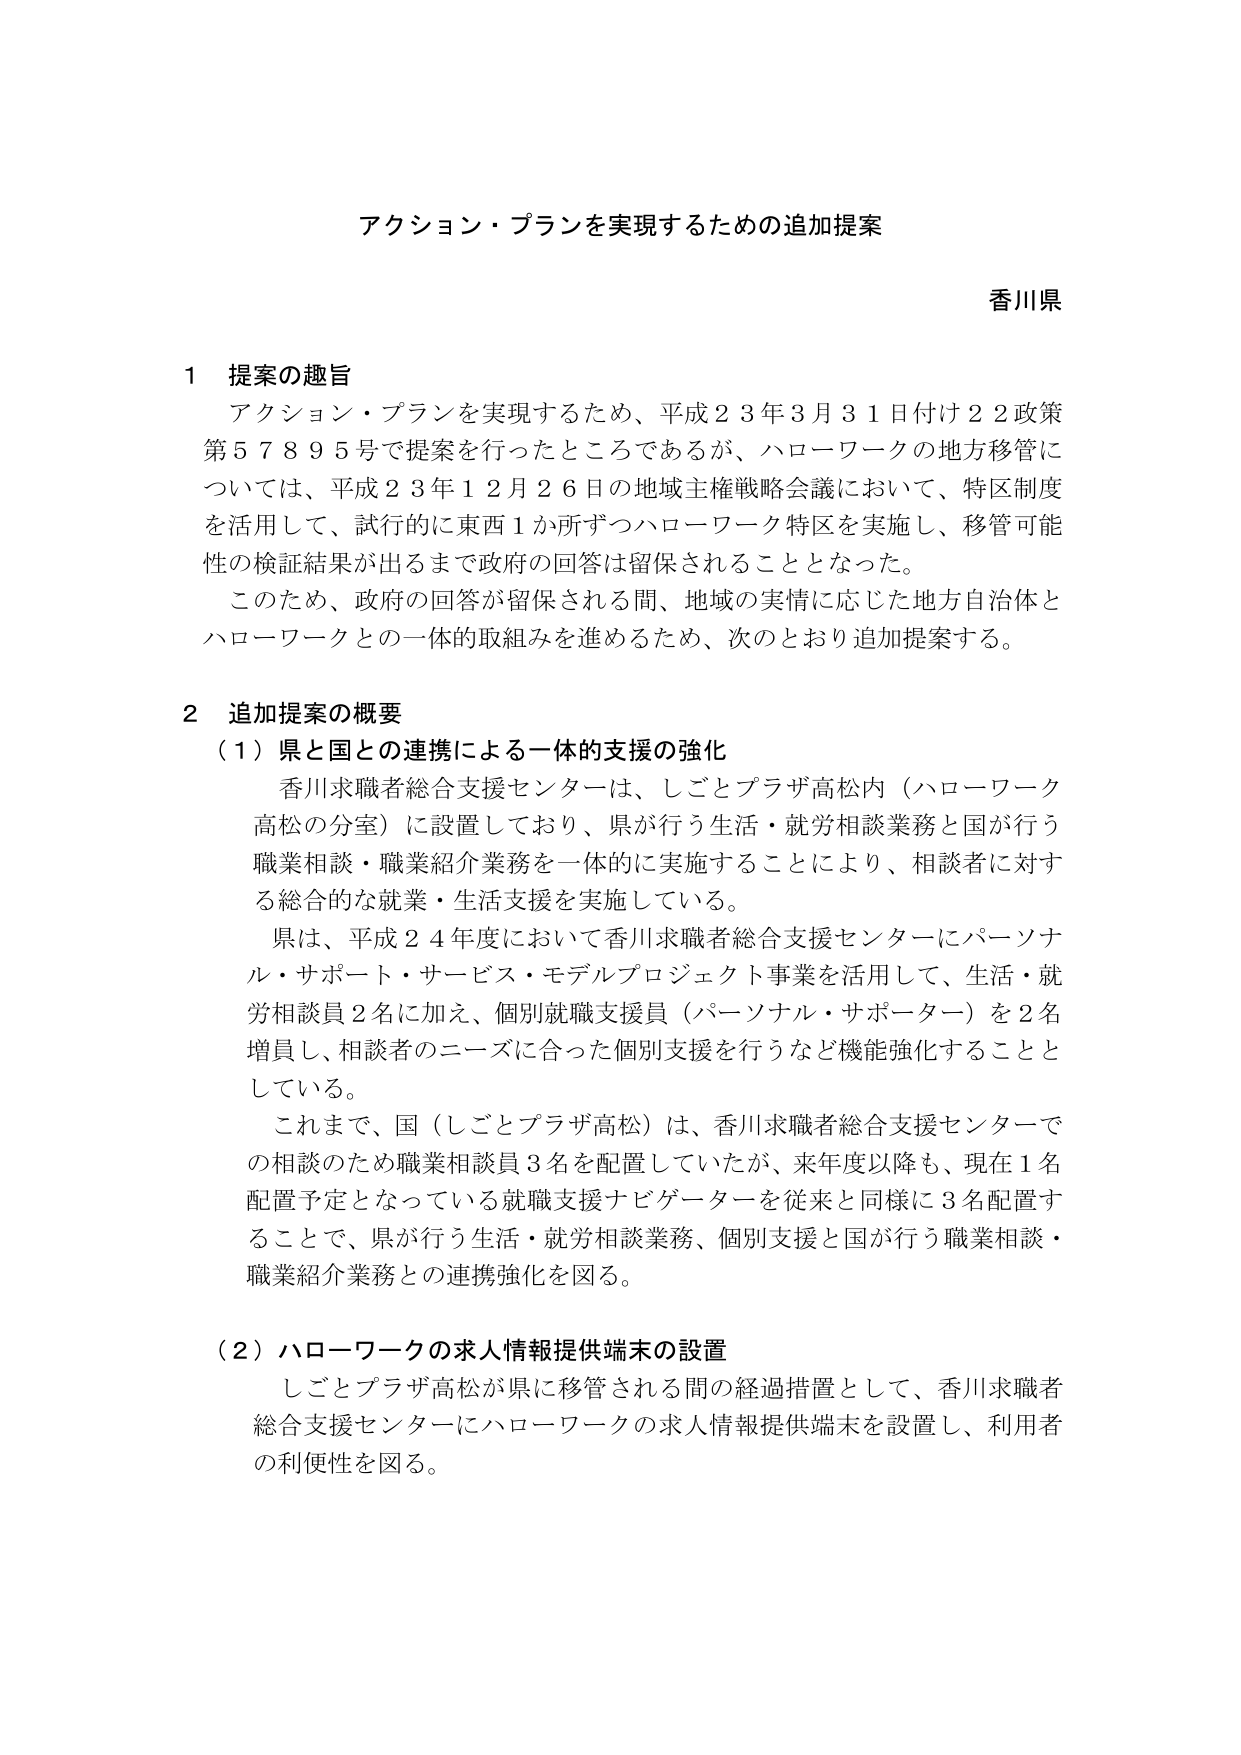
アクション・プランを実現するための追加提案

香川県

1 提案の趣旨
アクション・プランを実現するため、平成23年3月31日付け22政策第57895号で提案を行ったところであるが、ハローワークの地方移管については、平成23年12月26日の地域主権戦略会議において、特区制度を活用して、試行的に東西1か所ずつハローワーク特区を実施し、移管可能性の検証結果が出るまで政府の回答は留保されることとなった。
このため、政府の回答が留保される間、地域の実情に応じた地方自治体とハローワークとの一体的取組みを進めるため、次のとおり追加提案する。

2 追加提案の概要
（1）県と国との連携による一体的支援の強化
香川求職者総合支援センターは、しごとプラザ高松内（ハローワーク高松の分室）に設置しており、県が行う生活・就労相談業務と国が行う職業相談・職業紹介業務を一体的に実施することにより、相談者に対する総合的な就業・生活支援を実施している。
県は、平成24年度において香川求職者総合支援センターにパーソナル・サポート・サービス・モデルプロジェクト事業を活用して、生活・就労相談員2名に加え、個別就職支援員（パーソナル・サポーター）を2名増員し、相談者のニーズに合った個別支援を行うなど機能強化することとしている。
これまで、国（しごとプラザ高松）は、香川求職者総合支援センターでの相談のため職業相談員3名を配置していたが、来年度以降も、現在1名配置予定となっている就職支援ナビゲーターを従来と同様に3名配置することで、県が行う生活・就労相談業務、個別支援と国が行う職業相談・職業紹介業務との連携強化を図る。

（2）ハローワークの求人情報提供端末の設置
しごとプラザ高松が県に移管される間の経過措置として、香川求職者総合支援センターにハローワークの求人情報提供端末を設置し、利用者の利便性を図る。